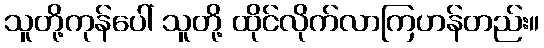
သူတို့ကုန်ပေါ် သူတို့ ထိုင်လိုက်လာကြဟန်တည်း။